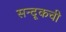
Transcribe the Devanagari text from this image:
सन्दूकची